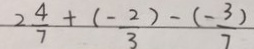
2 \frac { 4 } { 7 } + \frac { ( - 2 ) } { 3 } - \frac { ( - 3 ) } { 7 }